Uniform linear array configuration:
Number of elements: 8
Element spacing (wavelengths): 1
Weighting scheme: exponential
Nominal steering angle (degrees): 15
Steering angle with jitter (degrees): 15.236
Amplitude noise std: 0.05
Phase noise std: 0.05

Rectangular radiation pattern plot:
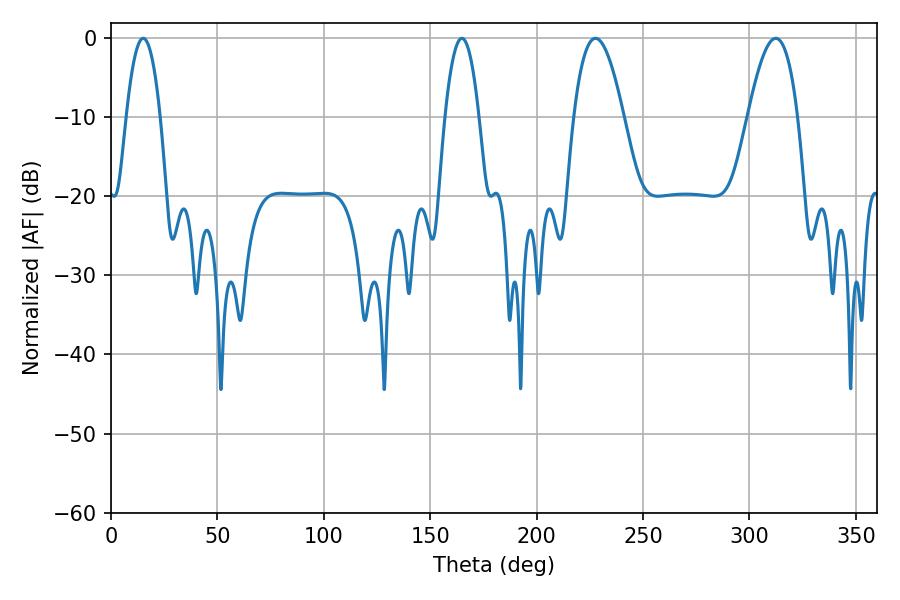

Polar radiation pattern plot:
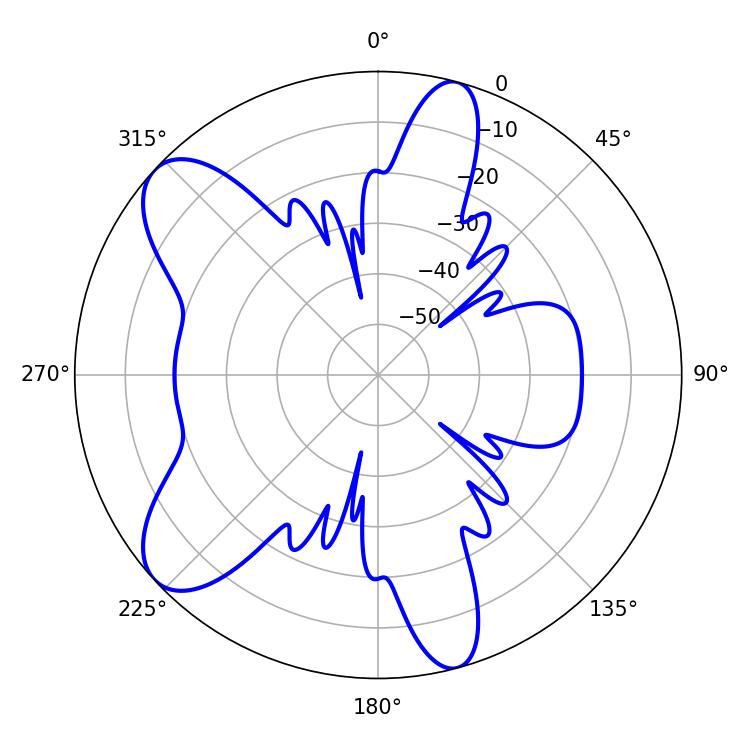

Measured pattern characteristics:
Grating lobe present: TRUE
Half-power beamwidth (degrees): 8.82
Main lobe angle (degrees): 15.12